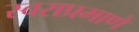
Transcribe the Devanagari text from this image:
स्वराप्रमाणें